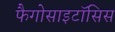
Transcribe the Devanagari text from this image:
फैगोसाइटॉसिस